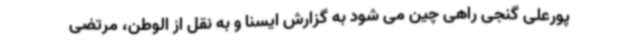
پورعلی گنجی راهی چین می شود به گزارش ایسنا و به نقل از الوطن، مرتضی